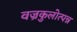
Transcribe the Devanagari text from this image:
वज्रकुलोत्पन्न